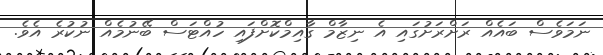
ނަމަވެސް ބައެއް ރަށްރަށުގައި އެ ނިޒާމް ގާއިމްކޮށްފައި ހުއްޓަސް ބޭނުމެއް ނުކުރެ އެވެ.